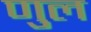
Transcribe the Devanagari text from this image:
णुल